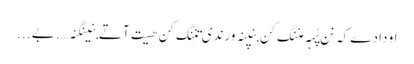
او دادے کہ نن پُہہ منِنگ کِن بِنپنہ ورندی تنِنگ کِن ھیت آتے بنینگنہ…. بے ...